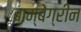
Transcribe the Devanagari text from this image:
बाम्बेग्रीन